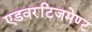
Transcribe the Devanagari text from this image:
एडवरटिजमेण्ट